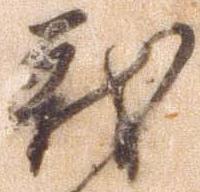
戦